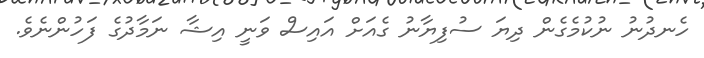
ހެނދުނު ނުކުމެގެން ދިޔަ ސުފިޔާނު ގެއަށް އައިސް ވަނީ އިޝާ ނަމާދުގެ ފަހުންނެވެ.